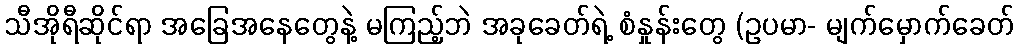
သီအိုရီဆိုင်ရာ အခြေအနေတွေနဲ့ မကြည့်ဘဲ အခုခေတ်ရဲ့ စံနှုန်းတွေ (ဥပမာ- မျက်မှောက်ခေတ်